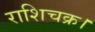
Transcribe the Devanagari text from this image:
राशिचक्र।